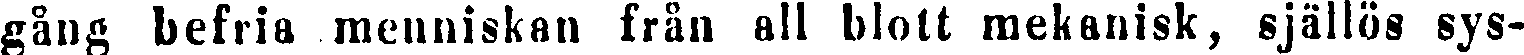
gång befria menniskan från all blott mekanisk, själlös sys-